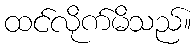
ထင်လိုက်မိသည်။